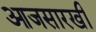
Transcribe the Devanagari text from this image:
आजसारखी